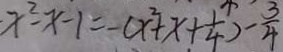
x ^ { 2 } - x - 1 = - ( x ^ { 2 } + x + \frac { 1 } { 4 } ) - \frac { 3 } { 4 }